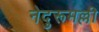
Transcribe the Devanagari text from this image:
नेदुरूमल्ली